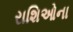
રાશિઓના